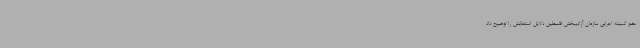
عضو کمیته اجرایی سازمان آزادیبخش فلسطین دلایل استعفایش را توضیح داد